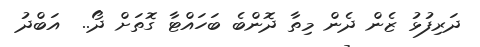
ދަރިފުޅު ޒެން ދެން މިތާ ދޮންބެ ބަހައްޓާ ގޮތަށް ދޯ..  އަބްދު